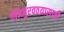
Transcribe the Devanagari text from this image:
वीजपुरवठय़ासाठी